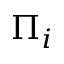
\Pi _ { i }